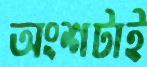
অংশটাই